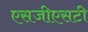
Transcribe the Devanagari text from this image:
एसजीएसटी